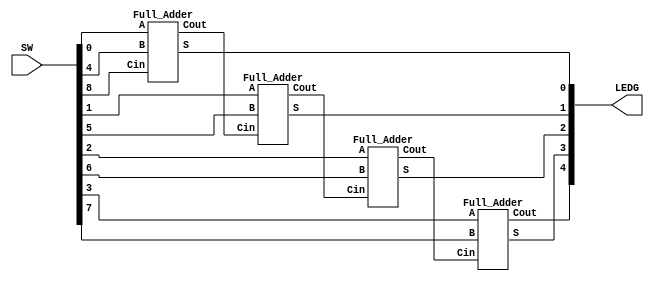
// This program was cloned from: https://github.com/matthewdelorenzo/CreativEval
// License: BSD 3-Clause "New" or "Revised" License

// Adder 4-bit

module top (SW, LEDG);

	input [8:0] SW;
	output [4:0] LEDG;
	wire [3:0]S;
	wire [4:0]C;
	assign C[0]=SW[8];
	Full_Adder F0(SW[0],SW[4],C[0],S[0],C[1]);
	Full_Adder F1(SW[1],SW[5],C[1],S[1],C[2]);
	Full_Adder F2(SW[2],SW[6],C[2],S[2],C[3]);
	Full_Adder F3(SW[3],SW[7],C[3],S[3],C[4]);
	assign LEDG[4:0]={C[4],S[3:0]};

endmodule


module Full_Adder(A, B, Cin, S, Cout);

input A,B,Cin;
output S,Cout;
assign {Cout,S} = A+B+Cin;

endmodule